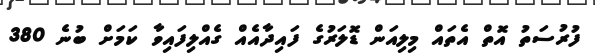
ފުރުސަތު އޮތް އެތައް މިލިއަން ޑޮލަރުގެ ފައިދާއެއް ގެއްލިފައިވާ ކަމަށް ބުނެ 380